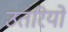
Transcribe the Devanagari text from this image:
उतरियो